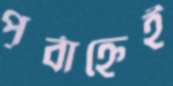
পূর্বাহ্নেই